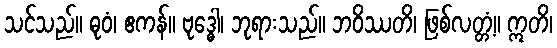
သင်သည်။ ဓုဝံ၊ ဧကန်။ ဗုဒ္ဓေါ၊ ဘုရားသည်။ ဘဝိဿတိ၊ ဖြစ်လတ္တံ့။ ဣတိ၊